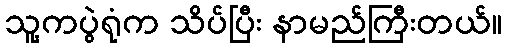
သူ့ကပွဲရုံက သိပ်ပြီး နာမည်ကြီးတယ်။